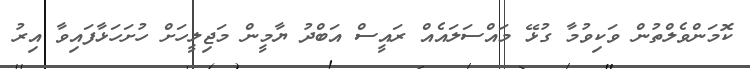
ކޮމަންވެލްތުން ވަކިވުމާ ގުޅޭ މައްސަލައެއް ރައީސް އަބްދު ޔާމީން މަޖިލީހަށް ހުށަހަޅާފައިވާ އިރު